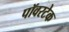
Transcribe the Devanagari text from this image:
पॉवरटेक